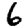
Digit: 6